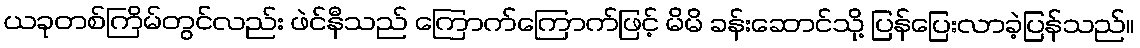
ယခုတစ်ကြိမ်တွင်လည်း ဖဲင်နီသည် ကြောက်ကြောက်ဖြင့် မိမိ ခန်းဆောင်သို့ ပြန်ပြေးလာခဲ့ပြန်သည်။